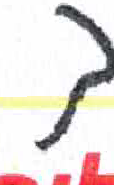
אות: ך